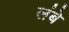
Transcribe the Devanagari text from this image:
लंबे